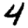
Digit: 4